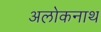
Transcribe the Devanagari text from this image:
अलोकनाथ